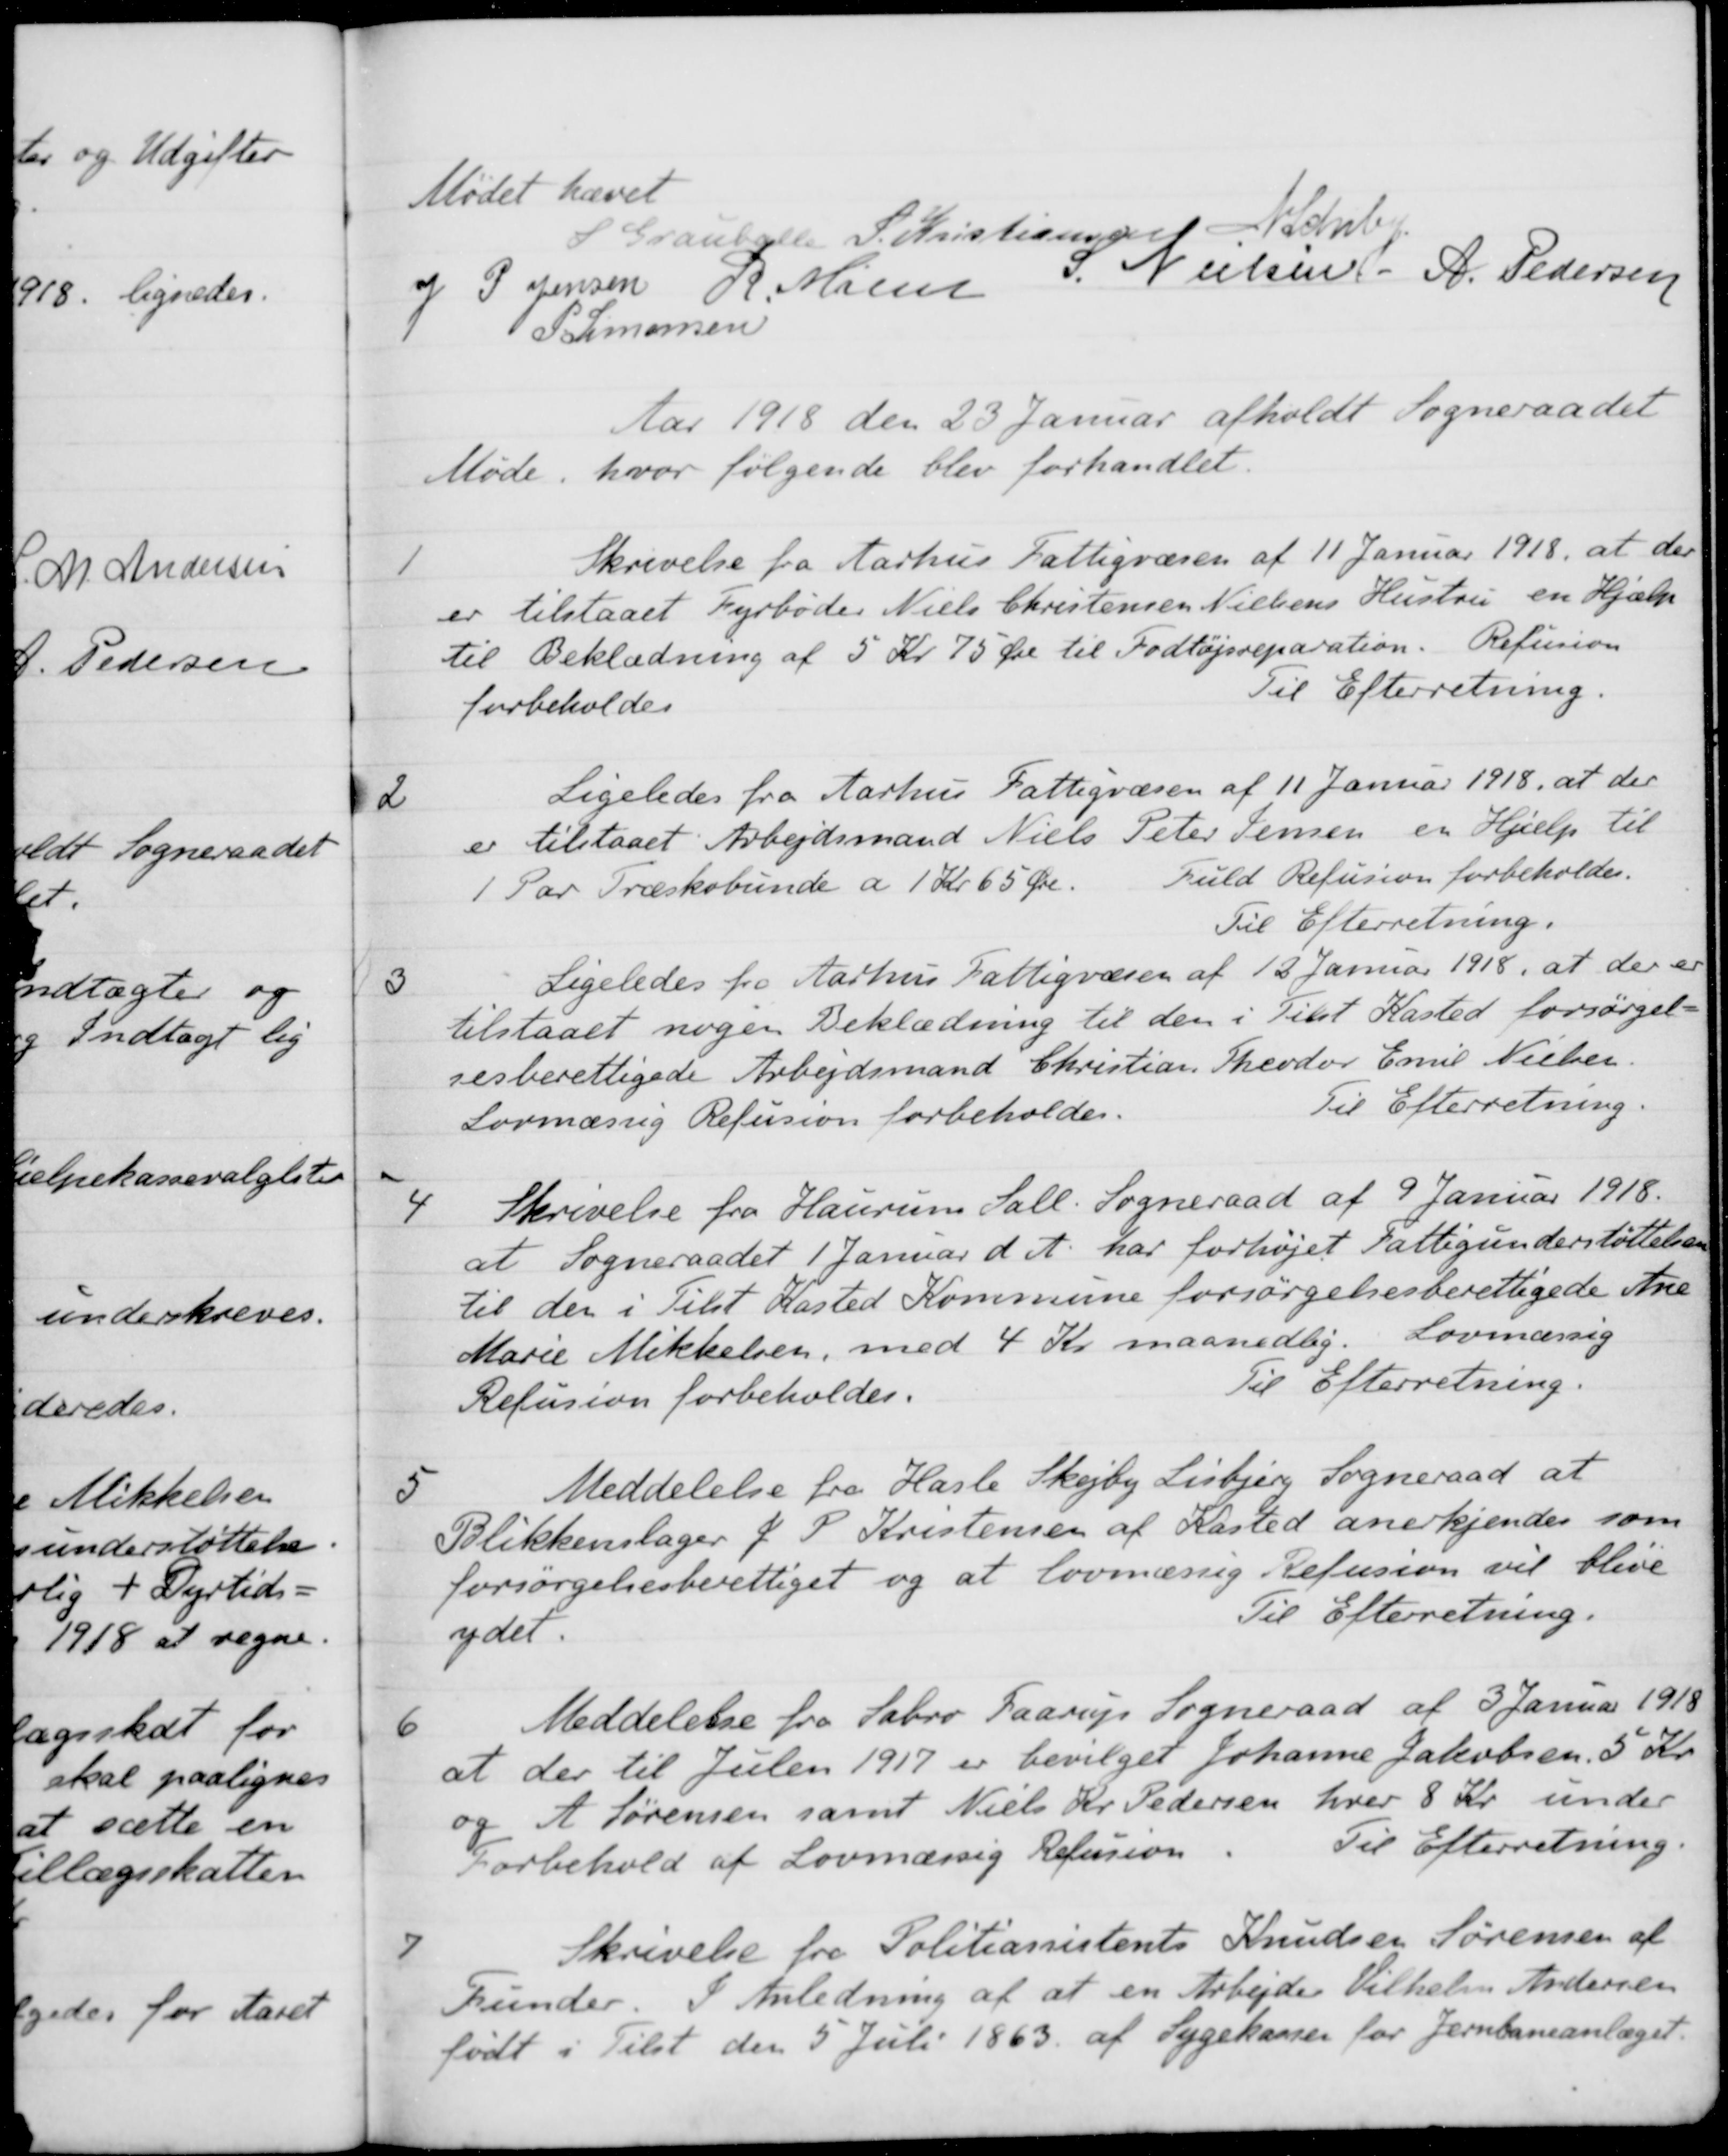
Transskription:
Mødet hævet
 S Grauballe
S. Kristiansen
N. Schiby
J P. Jensen
R. Møller
S. Nielsen
A. Pedersen
S. Simonsen
Aar 1918 den 23 Januar afholdt Sogneraadet
Møde, hvor følgende blev forhandlet.
1
Skrivelse fra Aarhus Fattigvæsen af 11 Januar 1918, at der
er tilstaaet Fyrbøder Niels Christensen Nielsens Hustru en Hjælp
til Beklædning af 5 Kr. 75 Øre til Fodtøjsreparation. Refusion
forbeholdes
Til Efterretning.
2
Ligeledes fra Aarhus Fattigvæsen af 11 Januar 1918, at der
er tilstaaet Arbejdsmand Niels Peter Jensen en Hjælp til
1 Par Træskobunde a 1 Kr 65 Øre.
Fuld Refusion forbeholdes.
Til Efterretning.
3
Ligeledes fra Aarhus Fattigvæsen af 12 Januar 1918, at der er
tilstaaet nogen Beklædning til den i Tilst Kasted forsørgel-
sesberettigede Arbejdsmand Christian Theodor Emil Nielsen.
Lovmæssig Refusion forbeholdes
Til Efterretning.
4
Skrivelse fra Haurum Sall. Sogneraad af 9 Januar 1918.
at Sogneraadet 1 Januar d. A. har forhøjet Fattigunderstøttelsen
til den i Tilst Kasted Kommune forsørgelsesberettigede Ane
Marie Mikkelsen, med 4 Kr. maanedlig. Lovmæssig
Refusion forbeholdes.
Til Efterretning.
5
Meddelelse fra Hasle Skejby Lisbjerg Sogneraad at
Blikkenslager J. P. Kristensen af Kasted anerkjendes som
forsørgelsesberettiget og at lovmæssig Refusion vil blive
ydet.
Til Efterretning.
6
Meddelelse fra Sabro Faarup Sogneraad af 3 Januar 1918
at der til Julen 1917 er bevilget Johanne Jakobsen 5 Kr.
og A. Sørensen samt Niels Kr. Pedersen hver 8 Kr. under
Forbehold af Lovmæssig Refusion
Til Efterretning.
7
Skrivelse fra Politiassistent Knudsen Sørensen af
Funder. I Anledning af at en Arbejder Vilhelm Andersen
født i Tilst den 5 Juli 1863. af Sygekassen for Jernbaneanlæget.